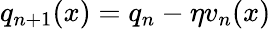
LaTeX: q_{n+1}(x)=q_{n}-\eta v_{n}(x)